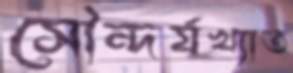
সৌন্দর্যখ্যাত